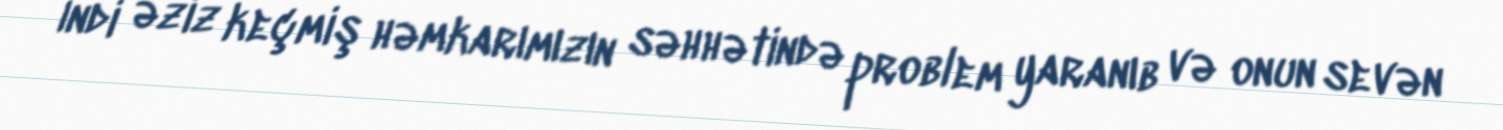
İndi əziz keçmiş həmkarımızın səhhətində problem yaranıb və onun sevən